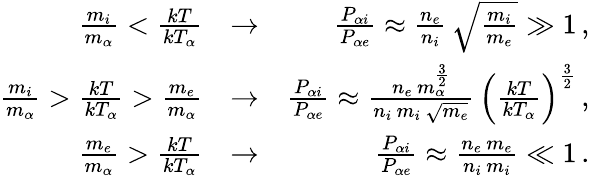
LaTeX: \begin{array}{rlr}{\frac{m_{i}}{m_{\alpha}}<\frac{kT}{kT_{\alpha}}}&{\rightarrow}&{\frac{P_{\alpha i}}{P_{\alpha e}}\approx\frac{n_{e}}{n_{i}}\, \sqrt{\frac{m_{i}}{m_{e}}}\gg 1\, ,}\\ {\frac{m_{i}}{m_{\alpha}}>\frac{kT}{kT_{\alpha}}>\frac{m_{e}}{m_{\alpha}}}&{\rightarrow}&{\frac{P_{\alpha i}}{P_{\alpha e}}\approx\frac{n_{e}\, m_{\alpha}^{\frac{3}{2}}}{n_{i}\, m_{i}\, \sqrt{m_{e}}}\, \left(\frac{kT}{kT_{\alpha}}\right)^{\frac{3}{2}}\, ,}\\ {\frac{m_{e}}{m_{\alpha}}>\frac{kT}{kT_{\alpha}}}&{\rightarrow}&{\frac{P_{\alpha i}}{P_{\alpha e}}\approx\frac{n_{e}\, m_{e}}{n_{i}\, m_{i}}\ll 1\, .}\end{array}